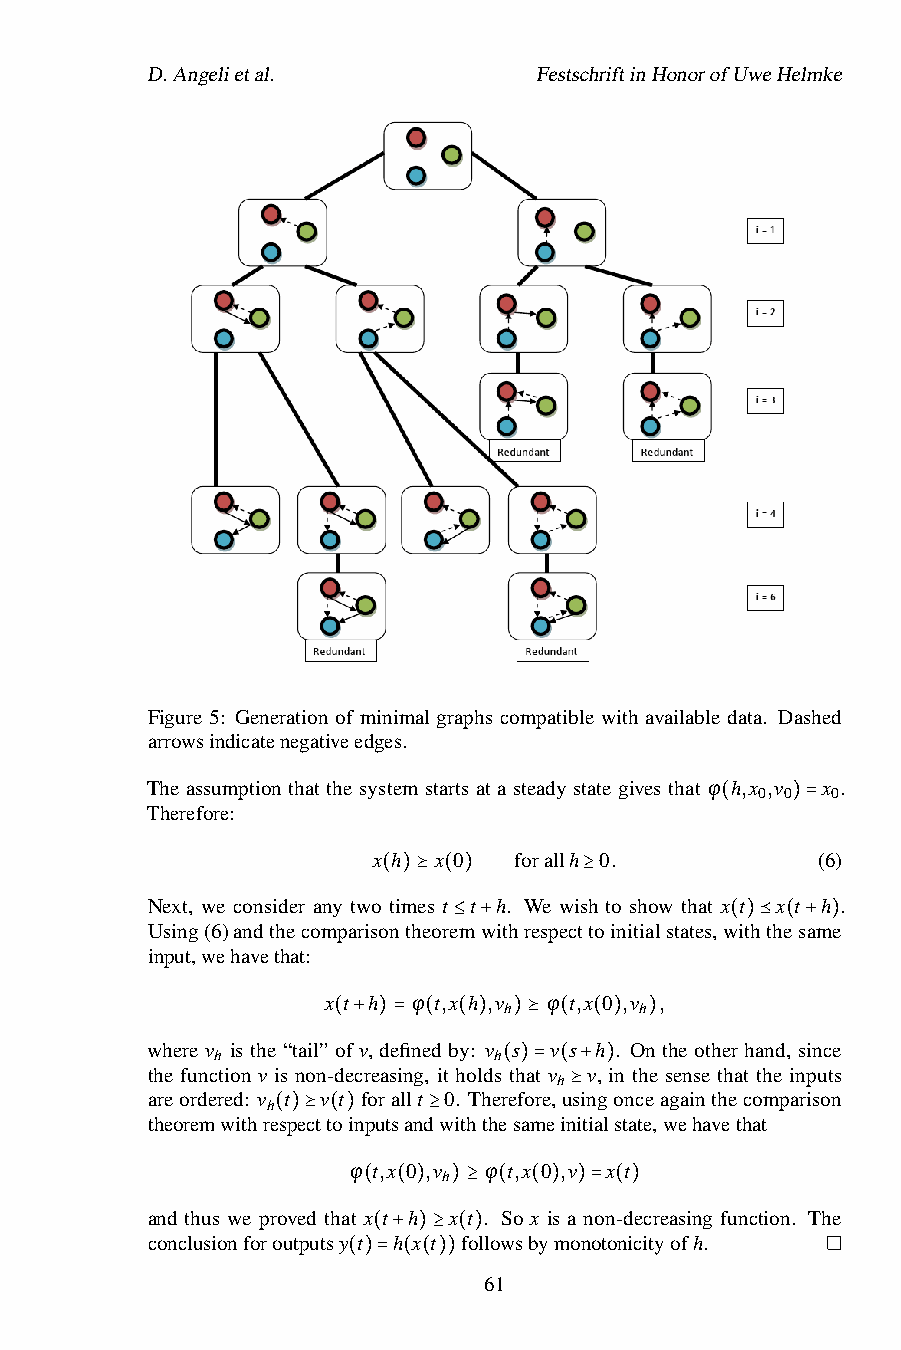
D.Angelietal.             FestschriftinHonorofUweHelmke
 Figure 5: Generation of minimal graphs compatible with available data. Dashed
 arrowsindicatenegativeedges.
 The assumption that the system starts at a steady state gives that ϕ h,x ,v x .
 0 0  0
 Therefore:
 (   )=
 x h x 0  forallh 0.          (6)
 Next, we consider any two(tim)⪰es t( )t h. We wis≥h to show that x t x t h .
 Using(6)andthecomparisontheoremwithrespecttoinitialstates,withthesame
 input,wehavethat:   ≤ +               ( )⪯ ( + )
 x t h ϕ t,x h ,v ϕ t,x 0 ,v ,
 h        h
 where v is the “tail”(of+v,)de=fine(d b(y:)v s)⪰ v(s (h ). On)the other hand, since
 h                  h
 the function v is non-decreasing, it holds that v v, in the sense that the inputs
 h
 areordered: v t v t forallt 0. Ther(ef)o=re,(us+ing)onceagainthecomparison
 h
 theoremwithrespecttoinputsandwiththesamein⪰itialstate,wehavethat
 ( )⪰ ( )  ≥
 ϕ t,x 0 ,v ϕ t,x 0 ,v x t
 h
 and thus we proved that (x t (h) x)≥t . (So x(i)s a)n=on(-d)ecreasing function. The
 conclusionforoutputsy t h x t followsbymonotonicityofh.
 ( + )≥ ( )
 ( )= ( ( )) 61